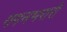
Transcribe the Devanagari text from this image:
गगनभरारी